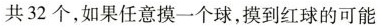
共32个，如果任意摸一个球，摸到红球的可能